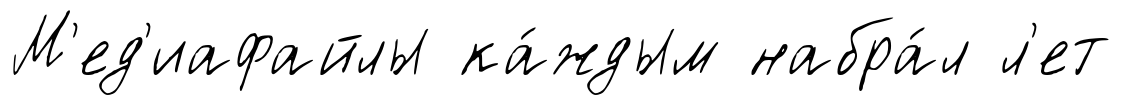
М'ед'иафайлы ка́ждым набра́л л'ет